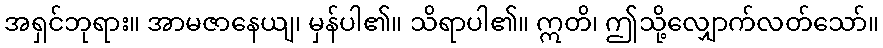
အရှင်ဘုရား။ အာမဇာနေယျ၊ မှန်ပါ၏။ သိရာပါ၏။ ဣတိ၊ ဤသို့လျှောက်လတ်သော်။